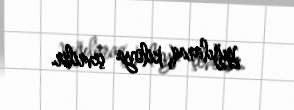
yığılaraq kiloya çevrilir.